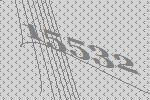
15532